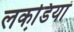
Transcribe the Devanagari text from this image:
लकडि़यां